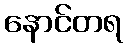
နောင်တရ